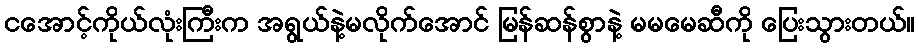
ငအောင့်ကိုယ်လုံးကြီးက အရွယ်နဲ့မလိုက်အောင် မြန်ဆန်စွာနဲ့ မမမေဆီကို ပြေးသွားတယ်။